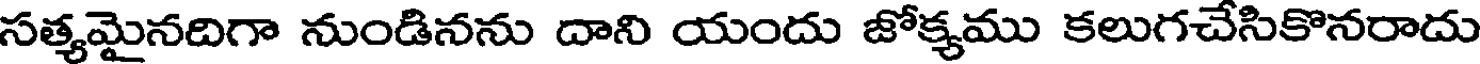
సత్యమైనదిగా నుండినను దాని యందు జోక్యము కలుగచేసికొనరాదు